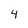
Character: 4